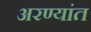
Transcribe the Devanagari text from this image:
अरण्यांत